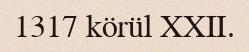
1317 körül XXII.